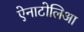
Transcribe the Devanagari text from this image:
ऐनाटोलिआ